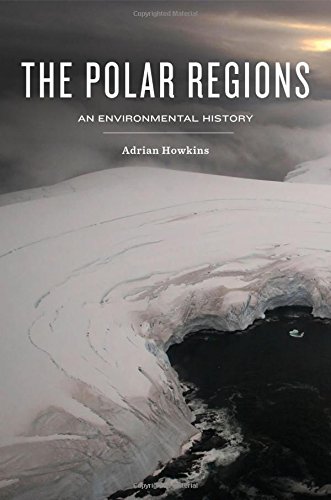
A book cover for The Polar Regions: An Environmental History; Adrian Howkins; History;